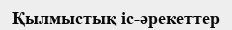
Қылмыстық іс-әрекеттер